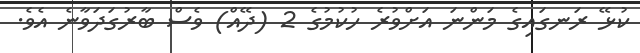
ކުޅޭ ރަނގައިގެ މަންނަ އަށްވުރެ ހުކުމުގެ 2 (ދޭއް) ވެސް ބާރުގަދަވާނެ އެވެ.